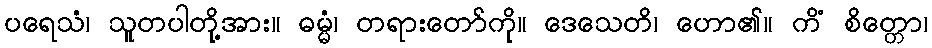
ပရေသံ၊ သူတပါတို့အား။ ဓမ္မံ၊ တရားတော်ကို။ ဒေသေတိ၊ ဟော၏။ ကိံ စိတ္တော၊